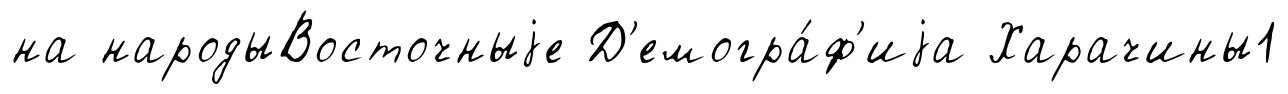
на народыВосточныjе Д'емогра́ф'иjа Харачины1